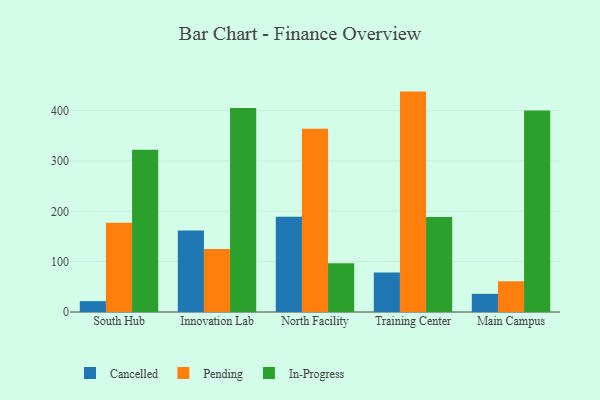
{"axis": {"x": "Campus", "y": "Bounce Rate (%)"}, "legend": ["Cancelled", "In-Progress", "Pending"], "data": [{"x": "South Hub", "y": 21.6, "type": "Cancelled"}, {"x": "South Hub", "y": 177.4, "type": "Pending"}, {"x": "South Hub", "y": 322.5, "type": "In-Progress"}, {"x": "Innovation Lab", "y": 162.0, "type": "Cancelled"}, {"x": "Innovation Lab", "y": 124.9, "type": "Pending"}, {"x": "Innovation Lab", "y": 405.4, "type": "In-Progress"}, {"x": "North Facility", "y": 189.0, "type": "Cancelled"}, {"x": "North Facility", "y": 364.0, "type": "Pending"}, {"x": "North Facility", "y": 96.8, "type": "In-Progress"}, {"x": "Training Center", "y": 78.7, "type": "Cancelled"}, {"x": "Training Center", "y": 437.8, "type": "Pending"}, {"x": "Training Center", "y": 188.5, "type": "In-Progress"}, {"x": "Main Campus", "y": 36.1, "type": "Cancelled"}, {"x": "Main Campus", "y": 61.1, "type": "Pending"}, {"x": "Main Campus", "y": 400.4, "type": "In-Progress"}]}